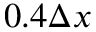
0 . 4 \Delta x